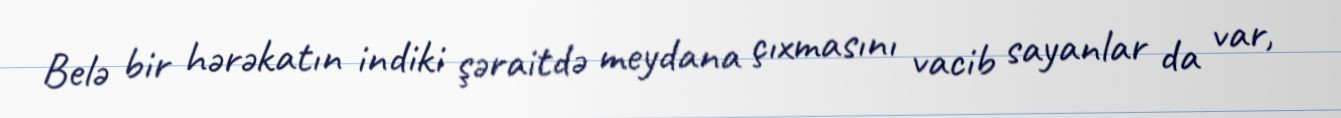
Belə bir hərəkatın indiki şəraitdə meydana çıxmasını vacib sayanlar da var,